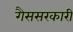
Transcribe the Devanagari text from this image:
गैससरकारी